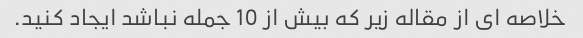
خلاصه ای از مقاله زیر که بیش از 10 جمله نباشد ایجاد کنید.